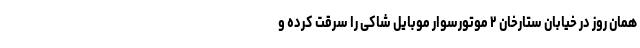
همان‌ روز در خیابان ستارخان ۲ موتورسوار موبایل شاکی را سرقت کرده و